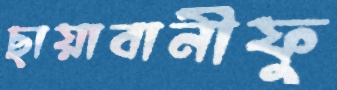
ছায়াবানীফু